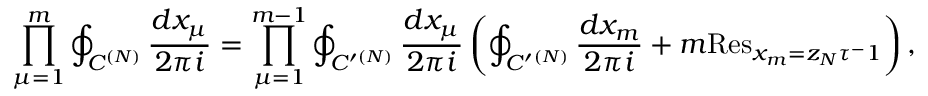
\displaystyle \prod _ { \mu = 1 } ^ { m } \oint _ { C ^ { ( N ) } } { \frac { d x _ { \mu } } { 2 \pi i } } = \displaystyle \prod _ { \mu = 1 } ^ { m - 1 } \oint _ { C ^ { \prime } { } ^ { ( N ) } } { \frac { d x _ { \mu } } { 2 \pi i } } \left( \oint _ { C ^ { \prime } { } ^ { ( N ) } } { \frac { d x _ { m } } { 2 \pi i } } + m \mathrm { R e s } _ { x _ { m } = z _ { N } \tau ^ { - } 1 } \right) ,